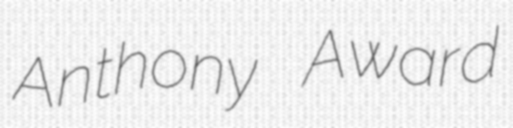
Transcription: Anthony Award